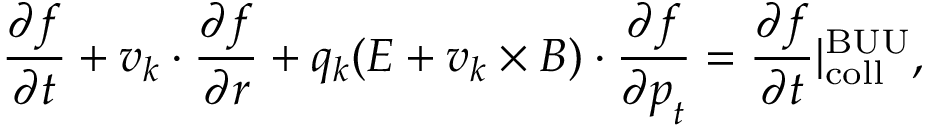
\frac { \partial f } { \partial t } + \boldsymbol { v } _ { k } \cdot { \frac { \partial f } { \partial \boldsymbol { r } } } + q _ { k } ( \boldsymbol { E } + \boldsymbol { v } _ { k } \times \boldsymbol { B } ) \cdot { \frac { \partial f } { \partial \boldsymbol { p } _ { t } } } = \frac { \partial f } { \partial t } | _ { \mathrm { c o l l } } ^ { \mathrm { B U U } } ,